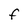
Character: F